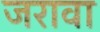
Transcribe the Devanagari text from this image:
जरावा